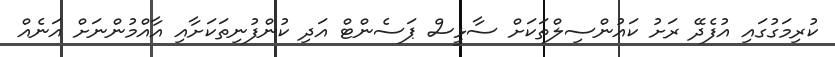
ކުރިމަގުގައި އުފެދޭ ރަށު ކައުންސިލްތަކަށް ސާޅީސް ޕަސެންޓް އަދި ކުންފުނިތަކަށާއި އާއްމުންނަށް އަނެއް